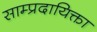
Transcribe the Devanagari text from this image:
साम्प्रदायिक्ता